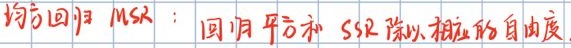
均方回归 $MSR$：回归平方和 $SSR$ 除以相应的自由度